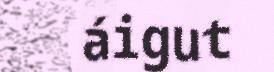
áigut